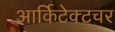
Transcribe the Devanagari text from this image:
आर्किटेक्टचर